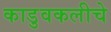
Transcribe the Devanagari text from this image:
काडुवकलीचे